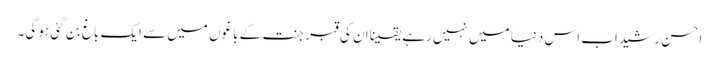
احسن رشید اب اس دنیا میں نہیں رہے یقینا ان کی قبر جنت کے باغوں میں سے ایک باغ بن گئی ہو گی۔